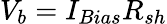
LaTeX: V_{b}=I_{Bias}R_{sh}